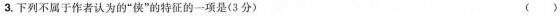
3.下列不属于作者认为的”侠”的特征的一项是(3分) ( )